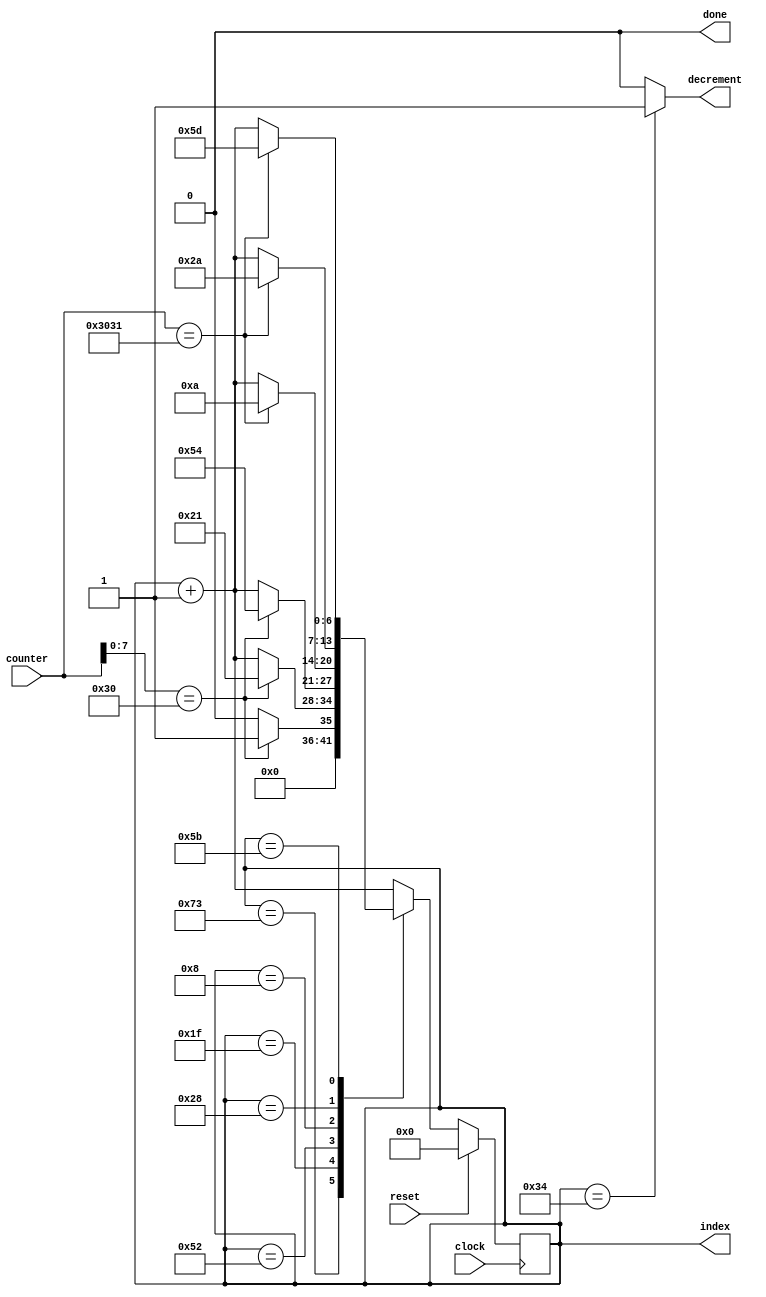
`timescale 1ns / 1ps
//////////////////////////////////////////////////////////////////////////////////
// Company: 
// Engineer: 
// 
// Design Name: 
// Module Name:    change_state 
// Project Name: 
// Target Devices: 
// Tool versions: 
// Description: 
//
// Dependencies: 
//
// Revision: 
// Revision 0.01 - File Created
// Additional Comments: 
//
//////////////////////////////////////////////////////////////////////////////////
module change_state(index, done, decrement, counter, reset, clock
    );
output  [6:0] index;
	 output reg    done;
	 output reg    decrement;
	 input  [15:0] counter; // 2 digits of ascii.
	 input         reset;
	 input         clock;
	 
	 parameter FIRST_CHAR         = 7'h00,
          FIRST_CHAR_NO_TENS = 7'h01,
          SKIP_TENS_A        = 7'd31,
          SKIP_TENS_B        = 7'd82,
          SKIP_PLURAL_A      = 7'd08,
          SKIP_PLURAL_B      = 7'd40,
          SKIP_PLURAL_C      = 7'd91,
          TAKE_ONE_DOWN      = 7'd52,
          LAST_CHAR          = 7'd115;

	 reg  [6:0] current_state;
	 reg  [6:0] next_state;
	 wire [6:0] index = current_state;
	 
	 always@(posedge clock)
		if(reset)
			current_state <= 0;
		else
			current_state <= next_state;

	 always@(current_state or counter or reset)
	 begin
		next_state    = current_state + 1;
		done          = 1'b0;
		decrement = 1'b0;

		case(current_state)
			LAST_CHAR: begin
				if(counter == "STOP") begin
					next_state = LAST_CHAR;
					done       = 1'b1;
				end
				else
					if(counter[7:0] == "0")
						next_state = FIRST_CHAR_NO_TENS;
					else
						next_state = FIRST_CHAR;
			end
			TAKE_ONE_DOWN: begin
				decrement = 1'b1;
			end
			SKIP_TENS_A: begin
				if(counter[7:0] == "0")
					next_state = SKIP_TENS_A + 2;
			end
			SKIP_TENS_B: begin
				if(counter[7:0] == "0")
					next_state = SKIP_TENS_B + 2;
			end
			SKIP_PLURAL_A: begin
				if(counter == "01")
					next_state = SKIP_PLURAL_A + 2;
			end
			SKIP_PLURAL_B: begin
				if(counter == "01")
					next_state = SKIP_PLURAL_B + 2;
			end
			SKIP_PLURAL_C: begin
				if(counter == "01")
					next_state = SKIP_PLURAL_C + 2;
				end
		endcase
	end


endmodule